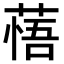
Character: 𦷮